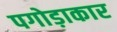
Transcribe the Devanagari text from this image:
पगोड़ाकार